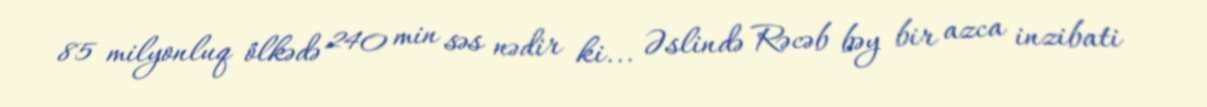
85 milyonluq ölkədə 240 min səs nədir ki... Əslində Rəcəb bəy bir azca inzibati